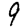
Digit: 9